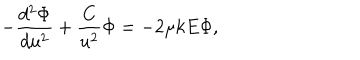
- \frac { d ^ { 2 } \Phi } { d u ^ { 2 } } + \frac { C } { u ^ { 2 } } \Phi = - 2 \mu k E \Phi ,